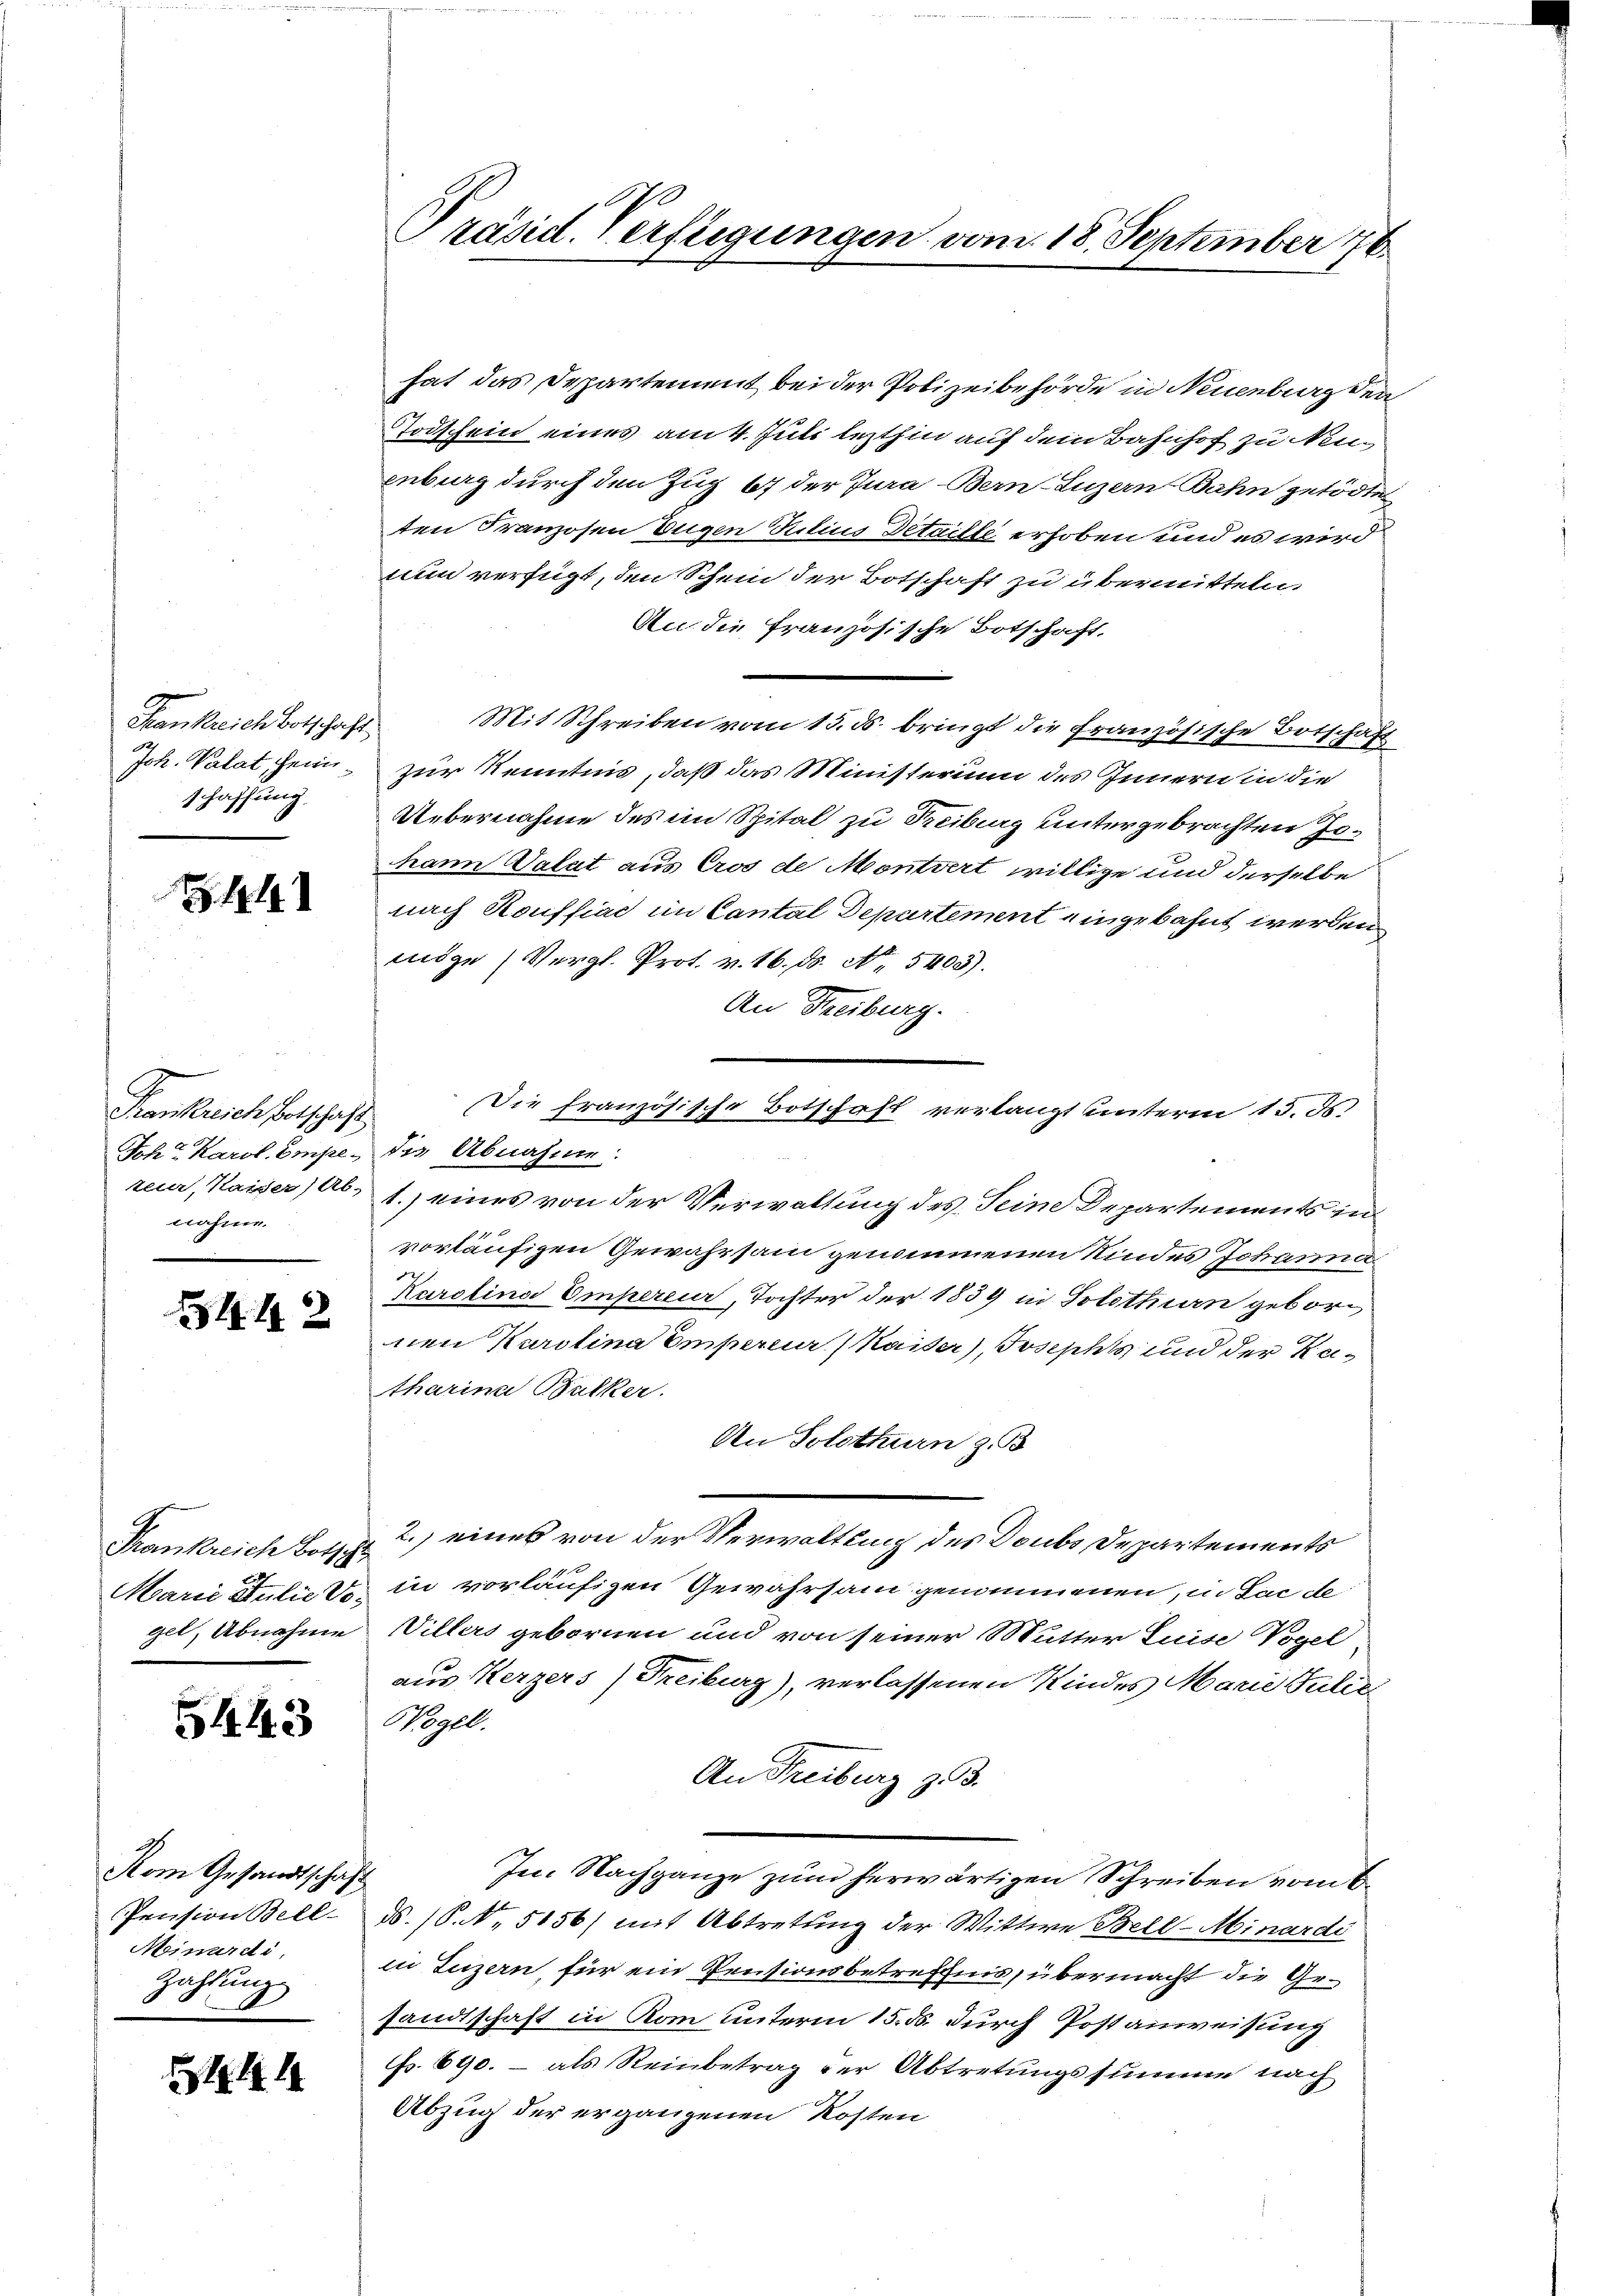
Krankreich botschaft
Jch. Valat, sein
schaffung.

Z. 11

Frankreich Botschaft
Joh. Karol. Empezein, Kaiser) Ab-
nahme.

442

Frankreich Botschl
Marie Stulie Vo
gel, Abnahme

5443

Rom Gesandtschaft
Pension Bell-
Moinardi,
Zahlung
1
¬

Ah

Präsid. Verftigungen vom 18. September 76

hat das Departement bei der Polizeibehörde in Neuenburg den
Todschein eines am 4. Juni lezthin auf dem Bahnhof zu Neuenburg durch den Zug 67 der Jura Bern-Luzern Bahn getödten
ten Franzosen Eugen Kilius Detaille erhoben und es wird
nun verfügt, den Schein der Botschaft zu übermitteln.
An die französische Botschaft,
Mit Schreiben vom 15. ds. bringt die französische Botschäft
zur Kenntnis, daß das Ministerium des Innern in die
Uebernahme des im Spital zu Treiburg untergebrachten Jo¬
Mann Valat aus Cros de Montvert willige und derselbe
nach Kouffiac im Cantal Departement eingebahnt werden
möge (Vergl. Prot. v. 16. ds. No. 5403).
An Freiburg.
Die französische Botschaft verlangt unterm 13. ds.
die Abnahme.
1.) eines von der Verwaltung des Seine Departements in
vorläufigen Gewährsam genommenen Kindes Johanna
d
Karolina Empercia, Tochter der 1839 in Solothurn gebornen Karolina Empereur (Kaiser), Josepht und der Katharina Balker.
An Solothurn z. B
2.) eines von der Verwaltung des Doubs Departements
in vorläufigen Gewahrsam genommenen, in die de
Willers gebornen und von seiner Mutter Luise Vogel
aus Kerzers) Freiburg), verlassenen Kindes Marie Julie
Vogel.
An Freiburg z. 3.
Im Nachgange zum herwärtigen Schreiben vom 6.
d. 18. No. 5156) mit Abtretung der Wittwe Bell-Minardi
in Luzern, für ein Pensionsbetreffnis, übermacht die Gesandtschaft in Rom unterm 15. ds. durch Postanweisung
Fr. 690. - als Reinbetrag der Abtretungssumme nach
Abzug der ergangenen Kosten